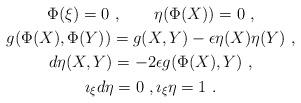
LaTeX: \begin{gather*} \Phi(\xi)=0~,\qquad\eta(\Phi(X))=0~,\\ g(\Phi(X),\Phi(Y))=g(X,Y)-\epsilon \eta(X)\eta(Y)~,\\ d\eta(X,Y)=-2\epsilon g(\Phi(X),Y)~,\\ \imath_{\xi}d\eta=0~,\imath_{\xi}\eta=1~.\end{gather*}